Malarial fevers
Disease focus: Malaria
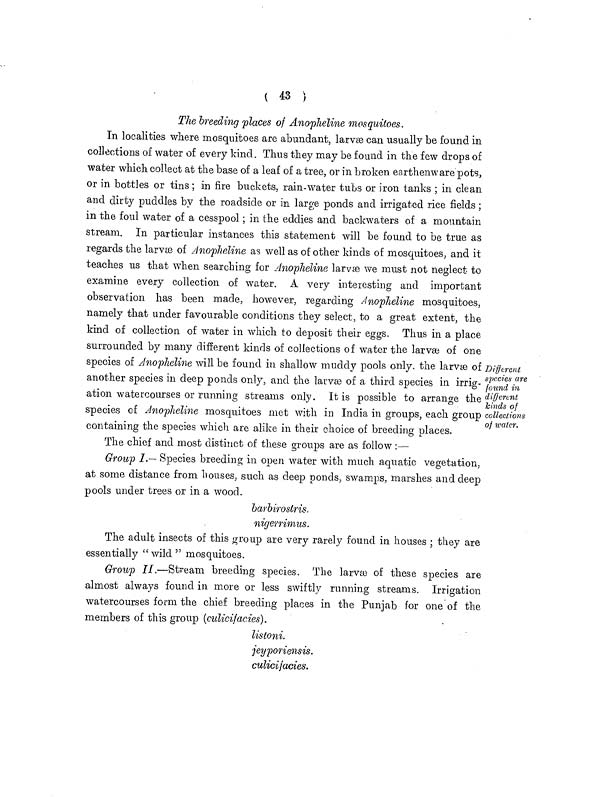
( 43 }
The breeding places of Anopheline mosquitoes.
In localities where mosquitoes are abundant, larvæ can usually be found in
collections of water of every kind. Thus they may be found in the few drops of
water which collect at the base of a leaf of a tree, or in broken earthenware pots,
or in bottles or tins; in fire buckets, rain-water tubs or iron tanks ; in clean
and dirty puddles by the roadside or in large ponds and irrigated rice fields;
in the foul water of a cesspool ; in the eddies and backwaters of a mountain
stream. In particular instances this statement will be found to be true as
regards the larvæ of Anopheline as well as of other kinds of mosquitoes, and it
teaches us that when searching for Anopheline larvæ we must not neglect to
examine every collection of water. A very interesting and important
observation has been made, however, regarding Anopheline mosquitoes,
namely that under favourable conditions they select, to a great extent, the
kind of collection of water in which to deposit their eggs. Thus in a place
surrounded by many different kinds of collections of water the larvæ of one
species of Anopheline will be found in shallow muddy pools only, the larvæ of
another species in deep ponds only, and the larvæ of a third species in irrig-
ation watercourses or running streams only. It is possible to arrange the
species of Anopheline mosquitoes met with in India in groups, each group
containing the species which are alike in their choice of breeding places.
Different
species are
found in
different
kinds of
collections
of water.
The chief and most distinct of these groups are as follow:—
Group I.— Species breeding in open water with much aquatic vegetation,
at some distance from houses, such as deep ponds, swamps, marshes and deep
pools under trees or in a wood.
barbirostris.
nigerrimus.
The adult insects of this group are very rarely found in houses ; they are
essentially " wild " mosquitoes.
Group II.—Stream breeding species. The larvæ of these species are
almost always found in more or less swiftly running streams. Irrigation
watercourses form the chief breeding places in the Punjab for one of the
members of this group (culicifacies).
listoni.
jeyporiensis.
culicifacies.